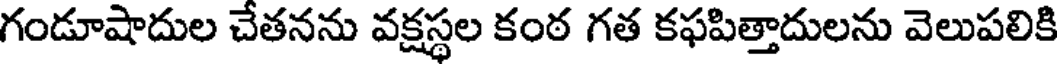
గండూషాదుల చేతనను వక్షస్థల కంఠ గత కఫపిత్తాదులను వెలుపలికి